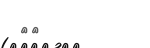
٦٨